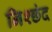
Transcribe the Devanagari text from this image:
निश्छंद